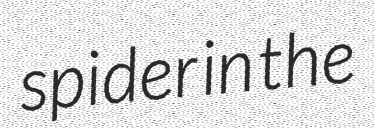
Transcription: spider in the